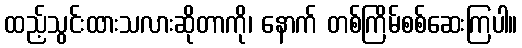
ထည့်သွင်းထားသလားဆိုတာကို၊ နောက် တစ်ကြိမ်စစ်ဆေးကြပါ။